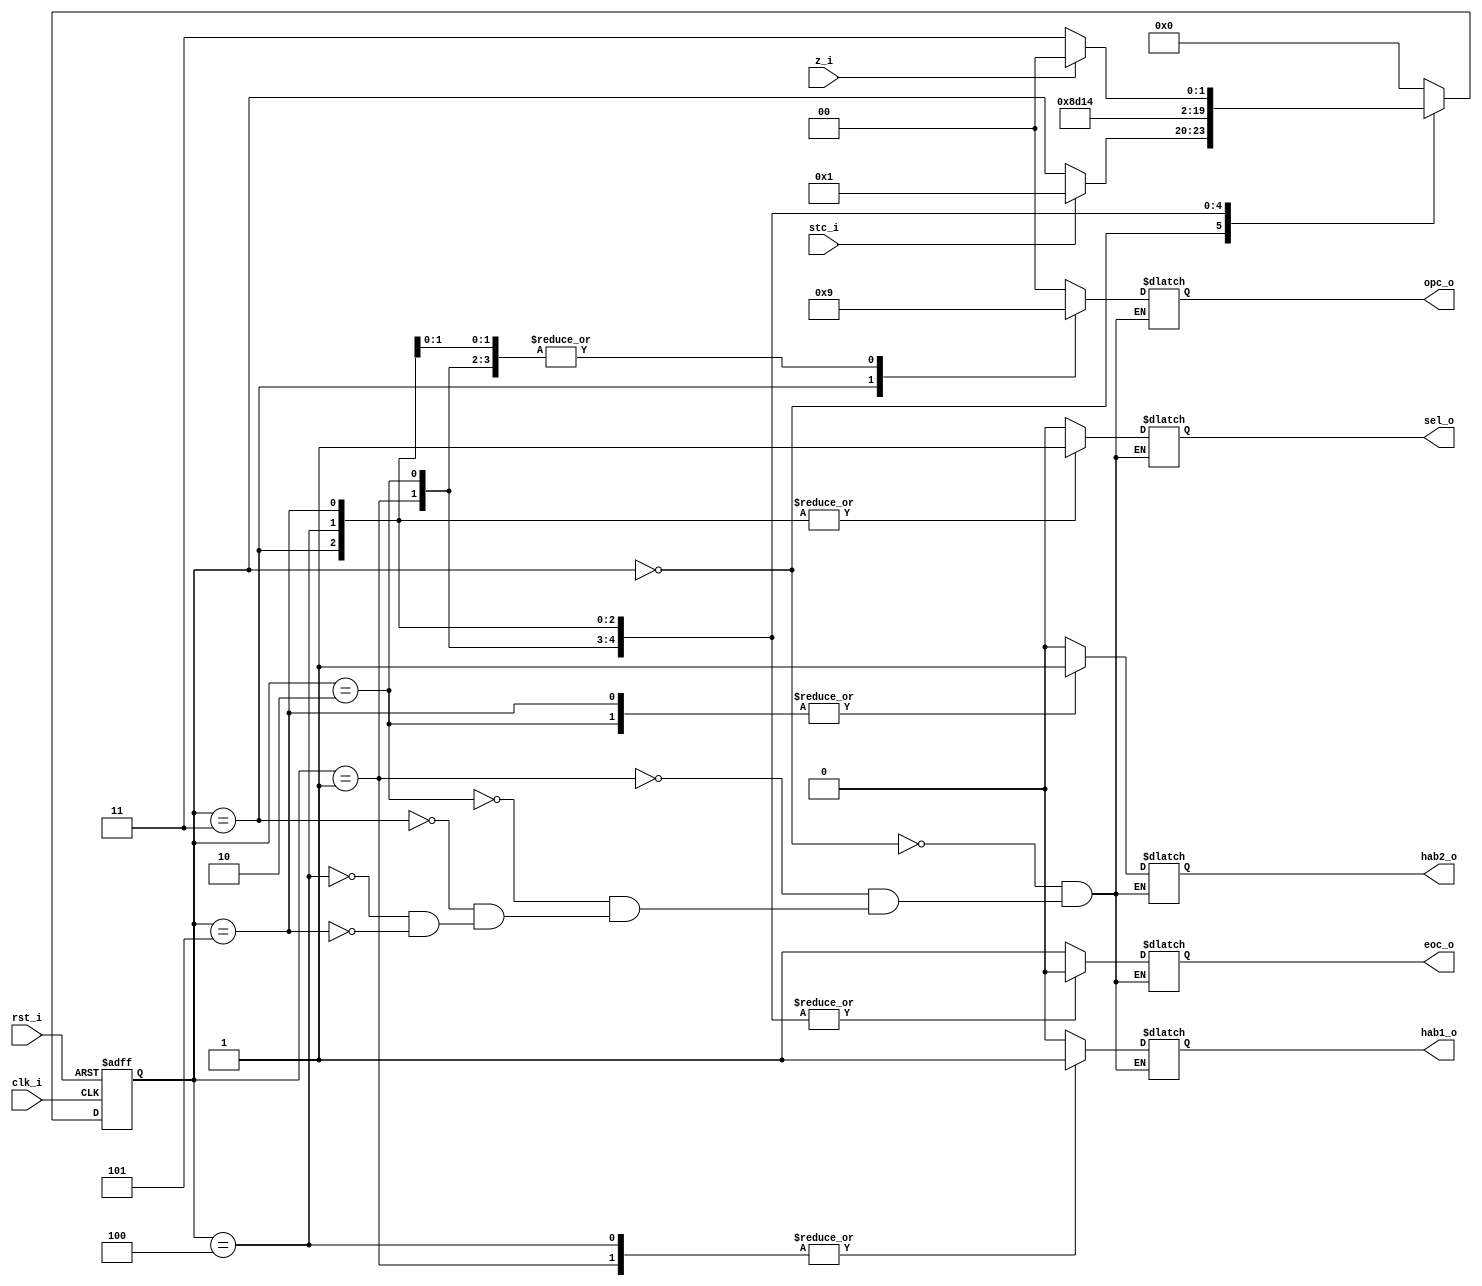
module fsm_cordic (
	input            clk_i,
	input            rst_i,
	input            stc_i,
	input            z_i,
	output reg [1:0] opc_o,
	output reg       hab1_o,
  output reg       hab2_o,
  output reg       sel_o,
	output reg       eoc_o
);
	
  localparam [3:0] s0 = 0, s1 = 1, s2 = 2, s3 = 3, s4 = 4, s5 = 5;
  
	reg [3:0] present_state, next_state;
	
	always @(stc_i, z_i, present_state) begin
		next_state = present_state;
		case (present_state)
		s0 : begin                            // Esperar por stc y direccionar mux a condicion inicial
           {sel_o, opc_o, hab1_o, hab2_o, eoc_o} = 6'b000001;
				   if(stc_i)
             next_state = s1;
				   else
             next_state = present_state;		
			   end
         
    s1 : begin                            // Habilitar primeros flipflops
           {sel_o, opc_o, hab1_o, hab2_o, eoc_o} = 6'b001100;
           next_state = s2;	
         end
         
    s2 : begin                            // Habilitar segundos flipflops
           {sel_o, opc_o, hab1_o, hab2_o, eoc_o} = 6'b001010;
           next_state = s3;	
         end

		s3 : begin                            // Aumentar contador y direccionar mux a retro
           {sel_o, opc_o, hab1_o, hab2_o, eoc_o} = 6'b110000;
           next_state = s4;			
			   end
         
    s4 : begin                            // Habilitar primeros flipflops
           {sel_o, opc_o, hab1_o, hab2_o, eoc_o} = 6'b101100;
           next_state = s5;	
         end
         
    s5 : begin                            // Habilitar segundos flipflops y comprueba la bandera del contador
           {sel_o, opc_o, hab1_o, hab2_o, eoc_o} = 6'b101010;
           if(z_i)
             next_state = s0;
				   else
             next_state = s3;		
         end
		default : begin
					next_state = s0;
				 end		
		endcase		
	end	
	
	always@(posedge clk_i, posedge rst_i) begin
		if(rst_i)
			present_state <= s0;
		else
			present_state <= next_state;
	end
	
endmodule